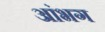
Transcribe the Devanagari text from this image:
आंभग